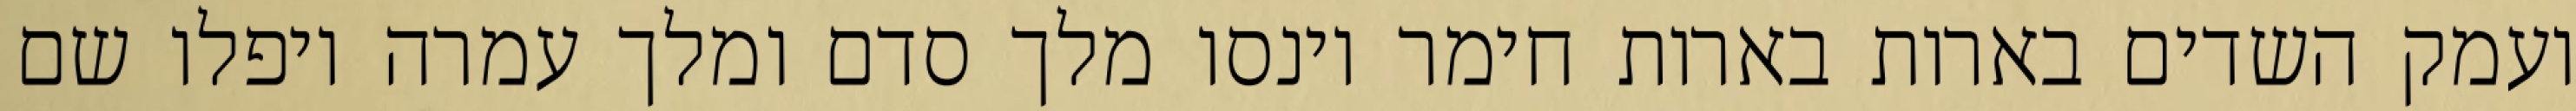
ועמק השדים בארות בארות חימר וינסו מלך סדם ומלך עמרה ויפלו שם